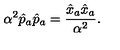
\alpha ^ { 2 } \hat { p } _ { a } \hat { p } _ { a } = \frac { \hat { x } _ { a } \hat { x } _ { a } } { \alpha ^ { 2 } } .